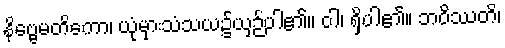
နိဗ္ဗေမတိကော၊ ယုံမှားသံသယ၌ယှဉ်ပါ၏။ ဝါ၊ ရှိပါ၏။ ဘဝိဿတိ၊